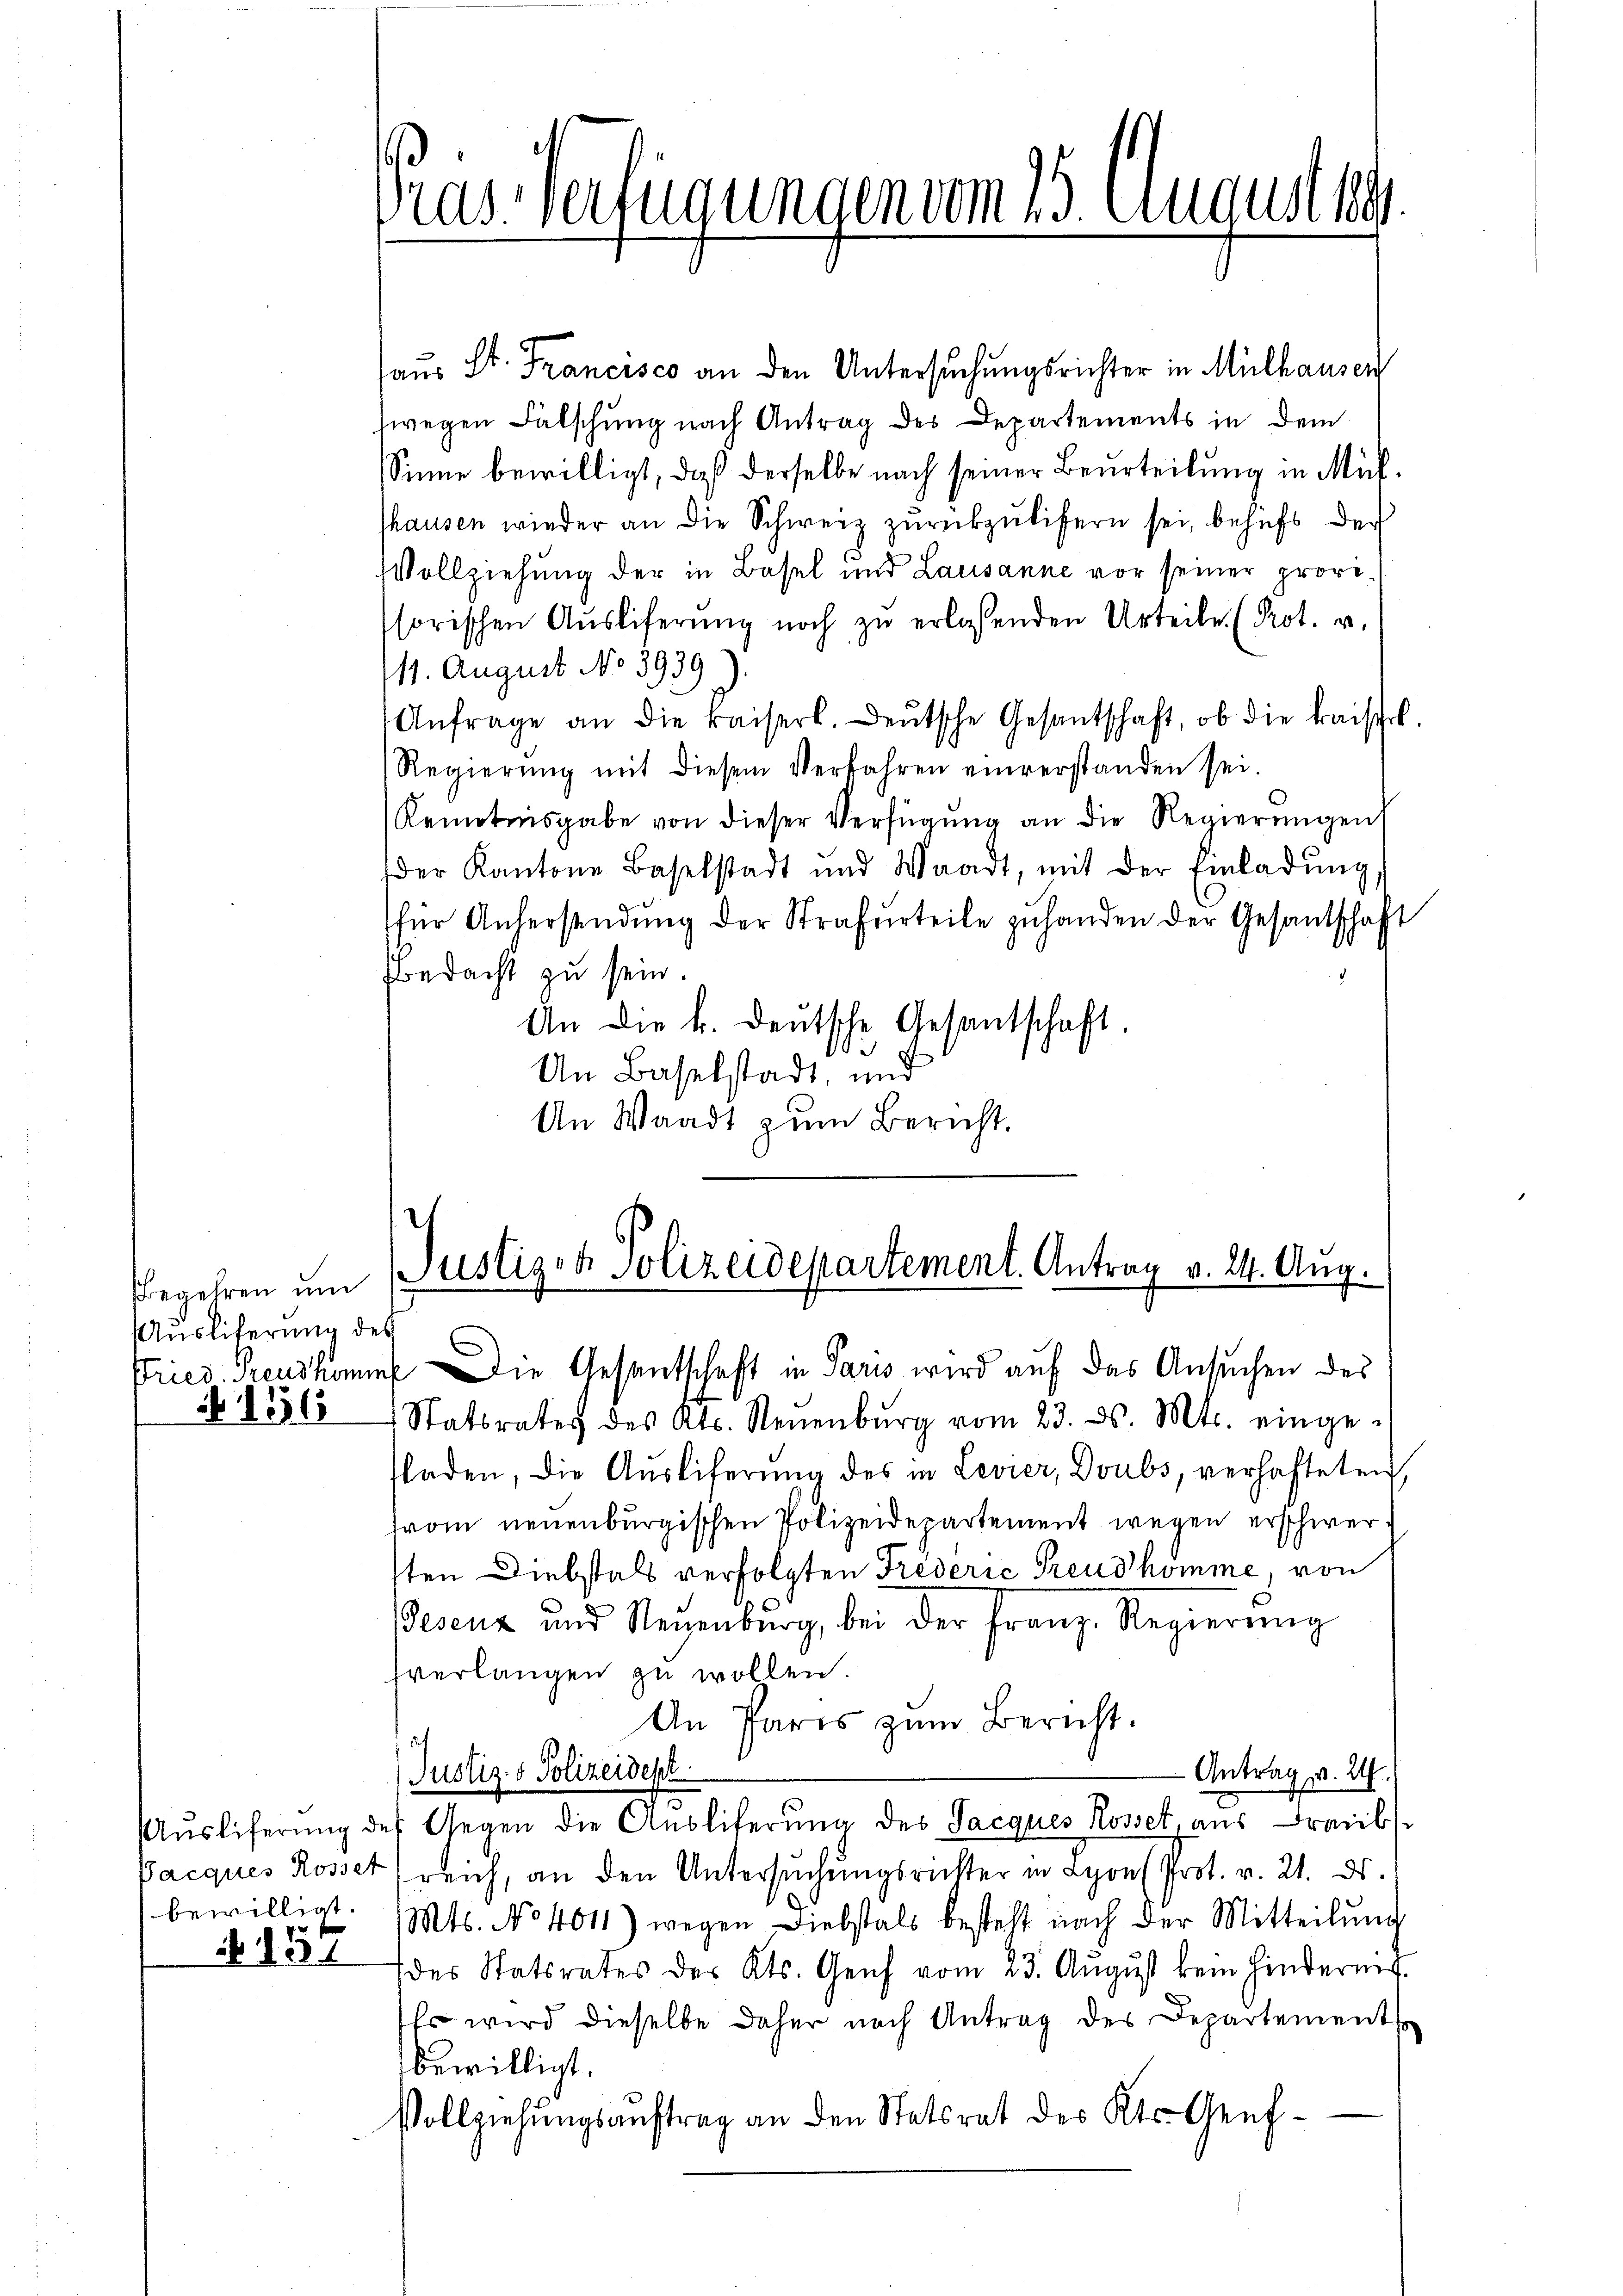
Begehren um
Auslieferung des
N 156

bewilligt.

. 1557

ras Verfügungen vom 23. August 189

aus St. Francisco an den Untersuchungsrichter in Mülhausen
fwegen Falschung nach Antrag des Departements in dem
Sinne bewilligt, daß derselbe nach seiner Beurteilung in Mülthausen wieder an die Schweiz zŭrückzŭlifern sei, behufs der
Vollziehung der in Basel und Lausanne vor seiner provisorischen Aŭsliferŭng noch zŭ erlassenden Urteile (Prot. u.
111. August No 3939).
Anfrage an die kaiserl. Leŭtsche Gesantschaft, ob die kaiserl.
Regierŭng mit diesem Verfahren einverstanden sei.
Kenntnisgabe von dieser Verfügŭng an die Regierŭngen
der Kantone Baselstadt und Waadt, mit der Einladŭng
für Anhersendŭng der Strafurteile zuhanden der Gesandtschaft
bedacht zu sein.
An die k. deŭtsche Gesantschaft.
a
Un Baselstadt, und
An Waadt zum Bericht.

Justiz- & Polizeidepartement. Antrag v. 24. Aug.
Fried. Preuskommt Die Gesantschaft in Paris wird auf das Ansuchen des

Statsrates des Kts. Neuenburg vom 23. ds. Mts. einge-
fladen, die Ausliferung des in Levier, Doubs, verhafteten
trom neuenburgischen Polizeidepartement wegen erschwersten Diebstals verfolgten Prèderie Freudhomme, von
Peseuz und Neuenburg, bei der Franz-Regierŭng
sverlangen zu wollen.
An Pares zŭm Bericht.
Antrag v. 24.
Justiz- & Polizeidept.
Aŭsliferŭng des Gegen die Aŭsliferŭng des Jacques Rosset, aus Freib-
Pacques Rosset reich, an den Untersuchungsrichter in Lyon (Prot. v. 21. ds.
Mts. No 4011) wegen Liebstals besteht nach der Mitteilŭng
des Statsrates des Kts. Genf vom 23. August kein Hindern.
Es wird dieselbe daher nach Antrag des Departement
bewilligt.
Vollziehŭngsaŭftrag an den Statsrat des Kts. Genf¬